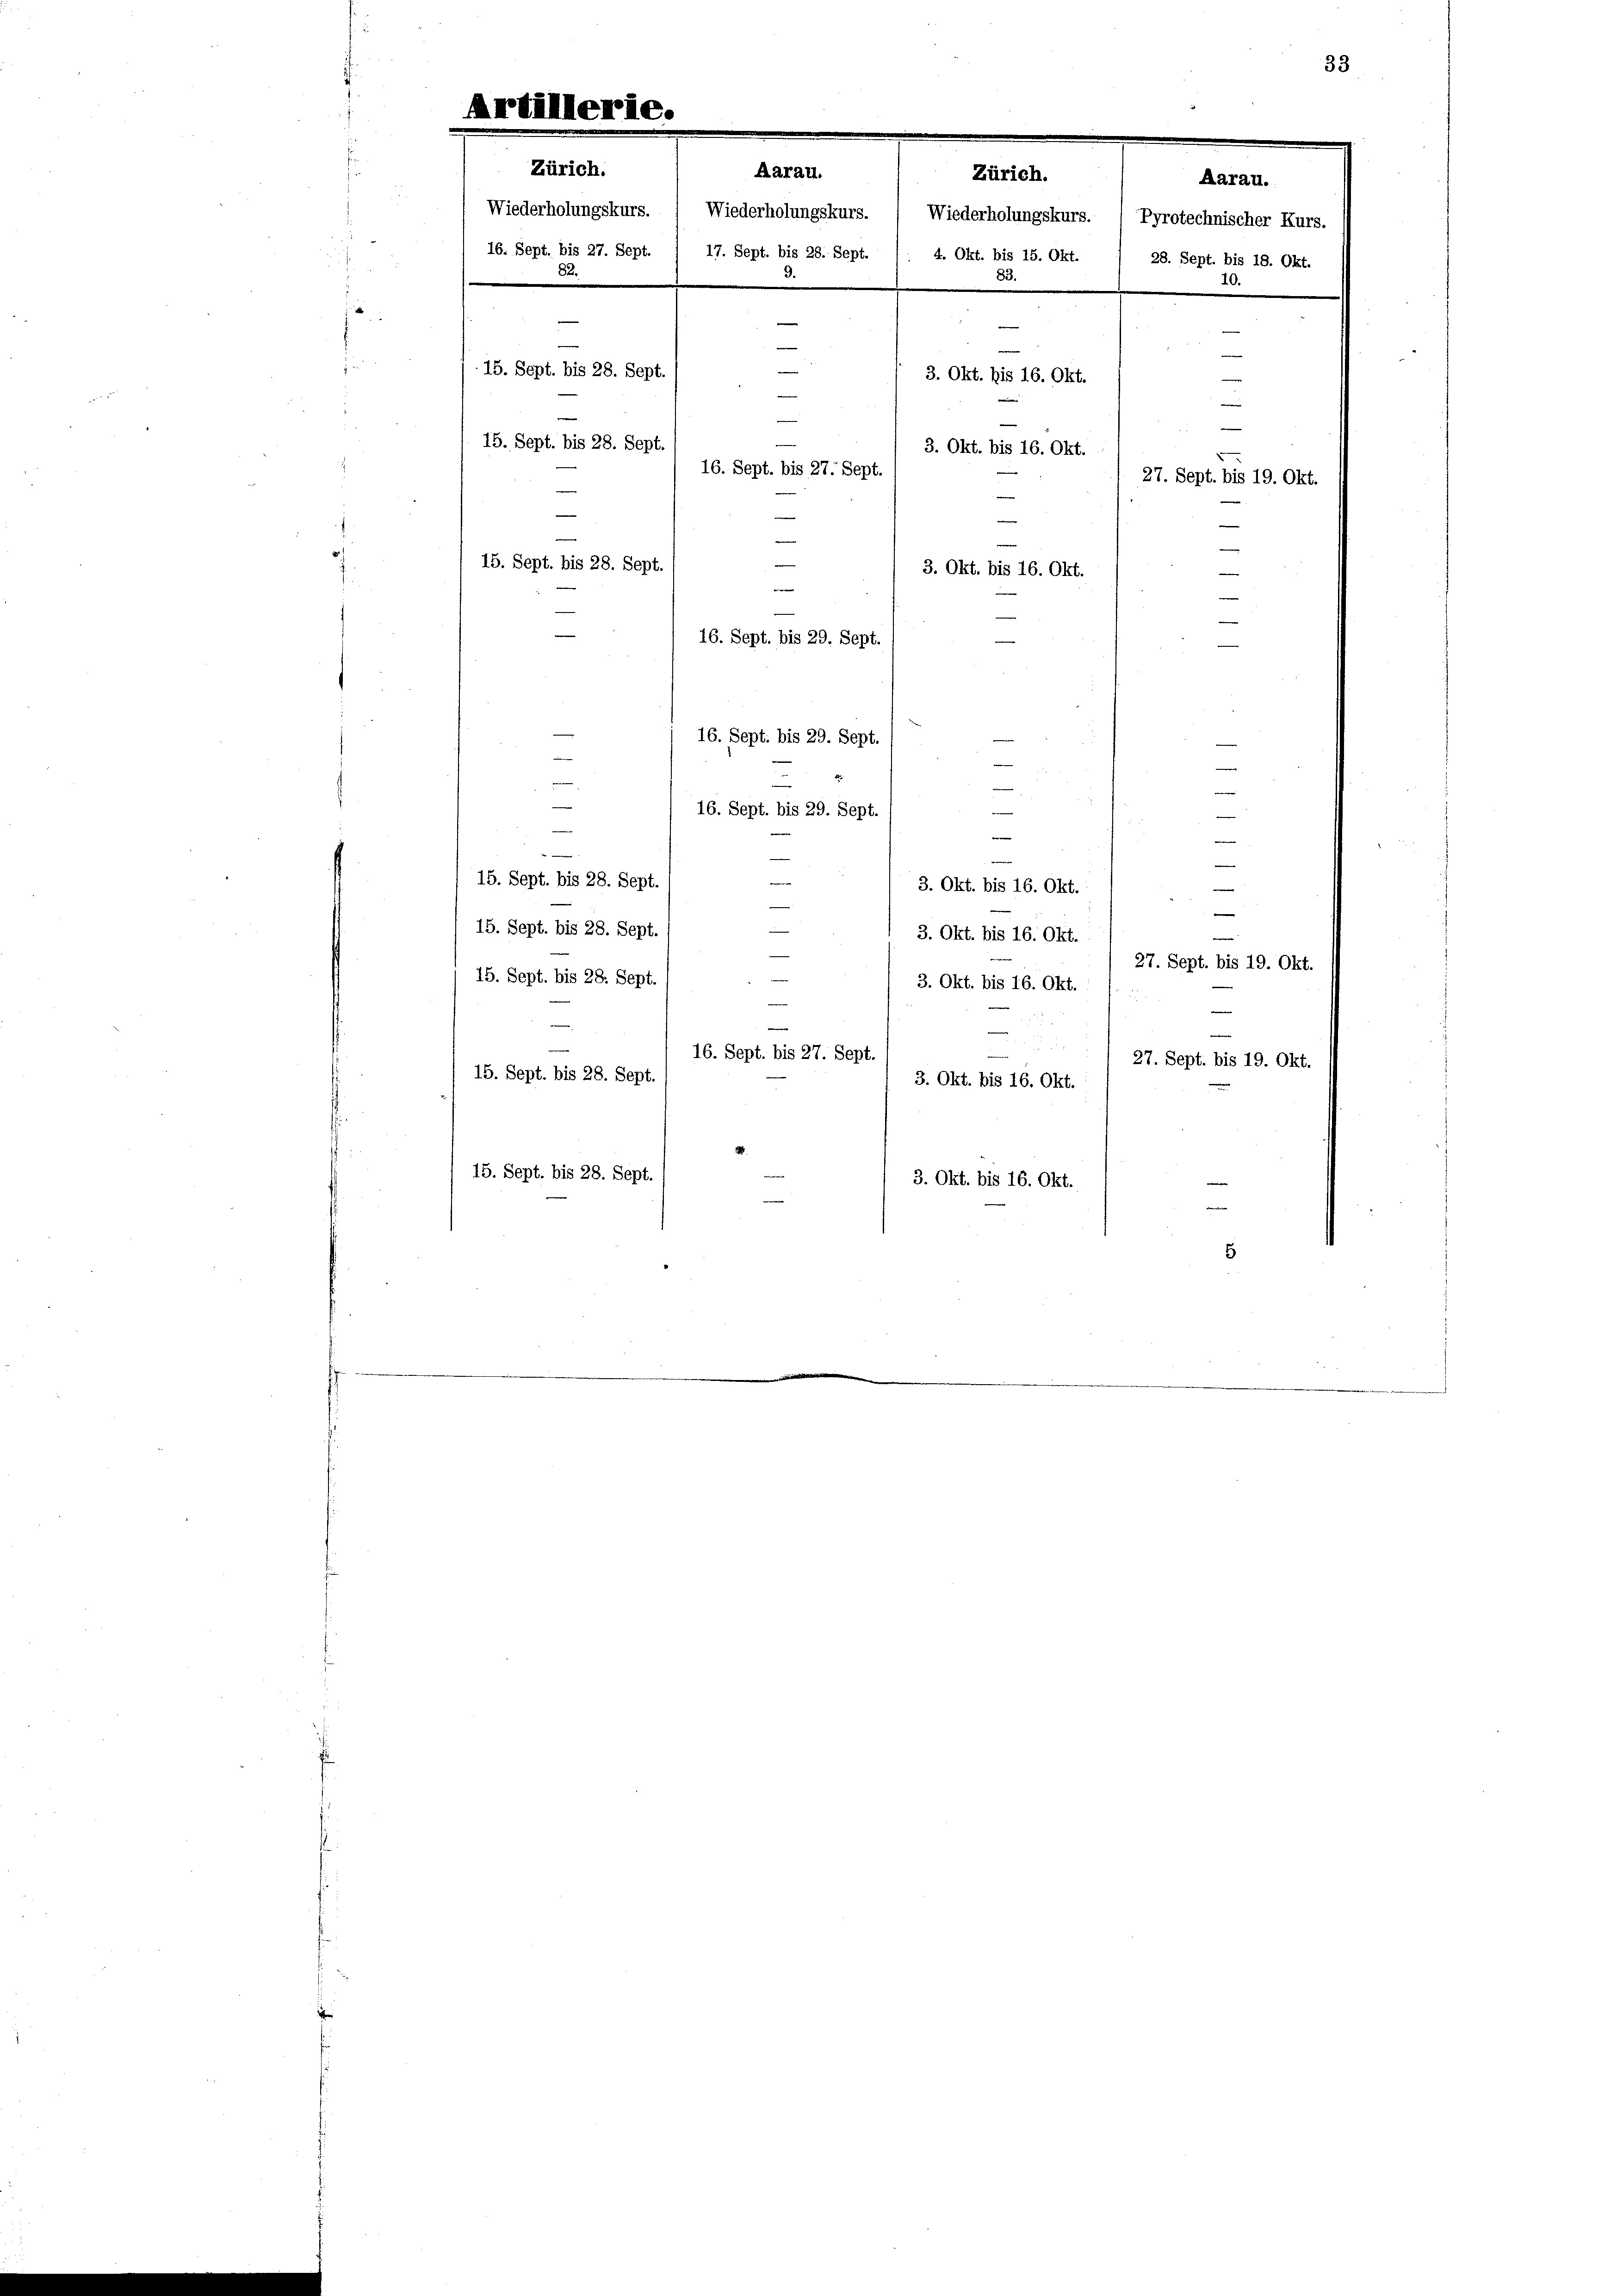
1

Aarau.
Zürich.
Wiederholungskurs. ( Wiederholungskurs. ( Wiederholungskurs. 1 Pyrotechnischer Kurs.
16. Sept. bis 27. Sept. / 17. Sept. bis 28. Sept. /. 4. Okt. bis 15. Okt. / 28. Sept. bis 18. Okt.
83.
De
9.
—
e
e
e
e
15. Sept. bis 28. Sept.
3. Okt. bis 16. Okt.
e
i
e
15. Sept. bis 28. Sept.
3. Okt. bis 16. Okt.
16. Sept. bis 27. Sept.
27. Sept. bis 19. Okt.
—
e
e
—
15. Sept. bis 28. Sept.

Zürich.

3. Okt. bis 16. Okt.
—
e
e
16. Sept. bis 29. Sept.
e
x
16. Sept. bis 29. Sept.
—

16. Sept. bis 29. Sept
e
seiner
e
15. Sept. bis 28. Sept.
.
3. Okt. bis 16. Okt.
15. Sept. bis 28. Sept.
3. Okt. bis 16. Okt.
27. Sept. bis 19. Okt.
15. Sept. bis 28. Sept.
3. Okt. bis 16. Okt. :  ..
—
16. Sept. bis 27. Sept
27. Sept. bis 19. Okt.
15. Sept. bis 28. Sept.
3. Okt. bis 16. Okt.
15. Sept. bis 28. Sept.
3. Okt. bis 16. Okt.
e
5

Aarau.
10.

33